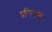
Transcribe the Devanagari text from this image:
पीपलस्